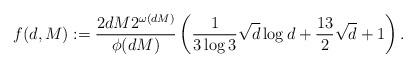
LaTeX: \begin{align*}f(d,M):=\dfrac{2dM2^{\omega(dM)}}{\phi(dM)}\left(\dfrac{1}{3\log 3}\sqrt{d}\log d+\dfrac{13}{2}\sqrt{d}+1\right).\end{align*}